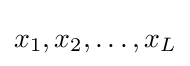
x_{1},x_{2},\dots ,x_{L}